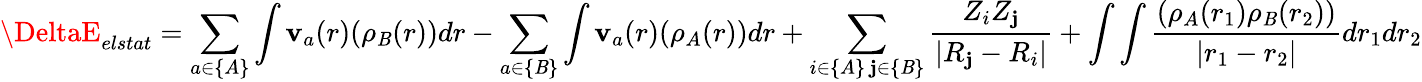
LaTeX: \DeltaE_{elstat}=\sum_{a\in\{ A\} }\int\mathbf{v}_{a}(r)(\rho_{\mathit{B}}(r))dr-\sum_{a\in\{ \mathit{B}\} }\int\mathbf{v}_{a}(r)(\rho_{A}(r))dr+\sum_{\substack{i\in\{ A\} \, \mathbf{j}\in\{ \mathit{B}\} }}\frac{{Z_{i}Z_{\mathbf{j}}}}{{|R_{\mathbf{j}}-R_{i}|}}+\int\int\frac{{(\rho_{A}(r_{1})\rho_{\mathit{B}}(r_{2}))}}{{|r_{1}-r_{2}|}}dr_{1}dr_{2}